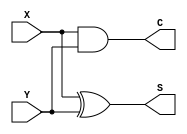
module half_adder(S,C,X,Y);
  input X,Y;
  output S,C;
  
  assign S= X ^ Y;
  assign C= X&Y;
endmodule

module full_adder_2bit (Sum, Carry, A, B, Cin);
input [1:0] A, B;
input Cin;
output [1:0] Sum;
output Carry;
  wire s1,c1,c2,s2,c3,c4,c5;
  half_adder ha1(s1,c1,A[0],Cin);
  half_adder ha2(Sum[0],c2,s1,B[0]);
  assign c4 = c1 | c2;
  half_adder ha3(s2,c3,c4,A[1]);
  half_adder h4(Sum[1],c5,s2,B[1]);
  assign Carry= c4|c5;
endmodule

module fa_tb;
reg [1:0] A, B;
reg Cin;
wire [1:0] Sum;
wire Carry;
  
  full_adder_2bit faa(Sum, Carry, A, B, Cin);
  initial
    begin
      A=2'b10;B=2'b11;Cin=1'b1;
      #10 $display("a=%d,b=%d,cin=%d,sum=%d,carry=%d",A,B,Cin,Sum,Carry);
    end
endmodule